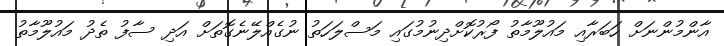
އާންމުންނަށް ހަބަރާއި މައުލޫމާތު ފޯރުކޮށްދިނުމުގައި މަސްލަހަތު ނުގެއްލޭނެގޮތަށް އަދި ސާފު ތެދު މައުލޫމާތު